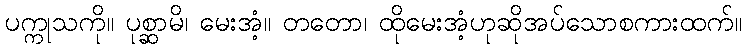
ပက္ကုသကို။ ပုစ္ဆာမိ၊ မေးအံ့။ တတော၊ ထိုမေးအံ့ဟုဆိုအပ်သောစကားထက်။